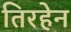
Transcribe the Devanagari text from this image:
तिरहेन